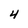
Character: 4